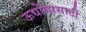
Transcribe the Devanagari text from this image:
ऊद्योंगासाठी